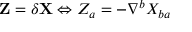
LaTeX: \mathbf { Z } = \delta \mathbf { X } \Leftrightarrow Z _ { a } = - \nabla ^ { b } X _ { b a }